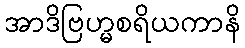
အာဒိဗြဟ္မစရိယကာနိ